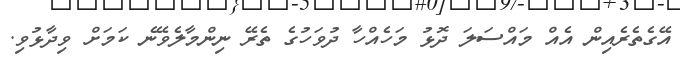
އޭގެތެރެއިން އެއް މައްސަލަ ދޮޅު މަހެއްހާ ދުވަހުގެ ތެރޭ ނިންމާލެވޭނެ ކަމަށް ވިދާޅުވި.